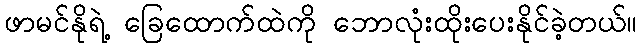
ဖာမင်နိုရဲ့ ခြေထောက်ထဲကို ဘောလုံးထိုးပေးနိုင်ခဲ့တယ်။